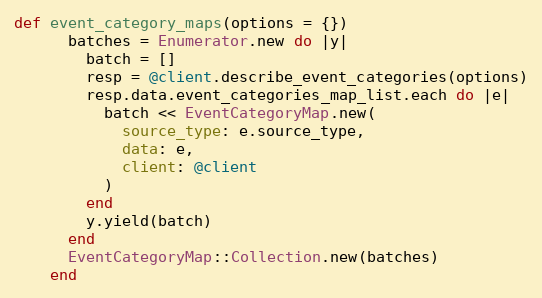
Language: Ruby
def event_category_maps(options = {})
      batches = Enumerator.new do |y|
        batch = []
        resp = @client.describe_event_categories(options)
        resp.data.event_categories_map_list.each do |e|
          batch << EventCategoryMap.new(
            source_type: e.source_type,
            data: e,
            client: @client
          )
        end
        y.yield(batch)
      end
      EventCategoryMap::Collection.new(batches)
    end